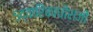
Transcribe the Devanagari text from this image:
५द्वारिकाधीशजी